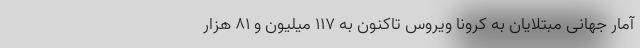
آمار جهانیِ مبتلایان به کرونا ویروس تاکنون به ۱۱۷ میلیون و ۸۱ هزار